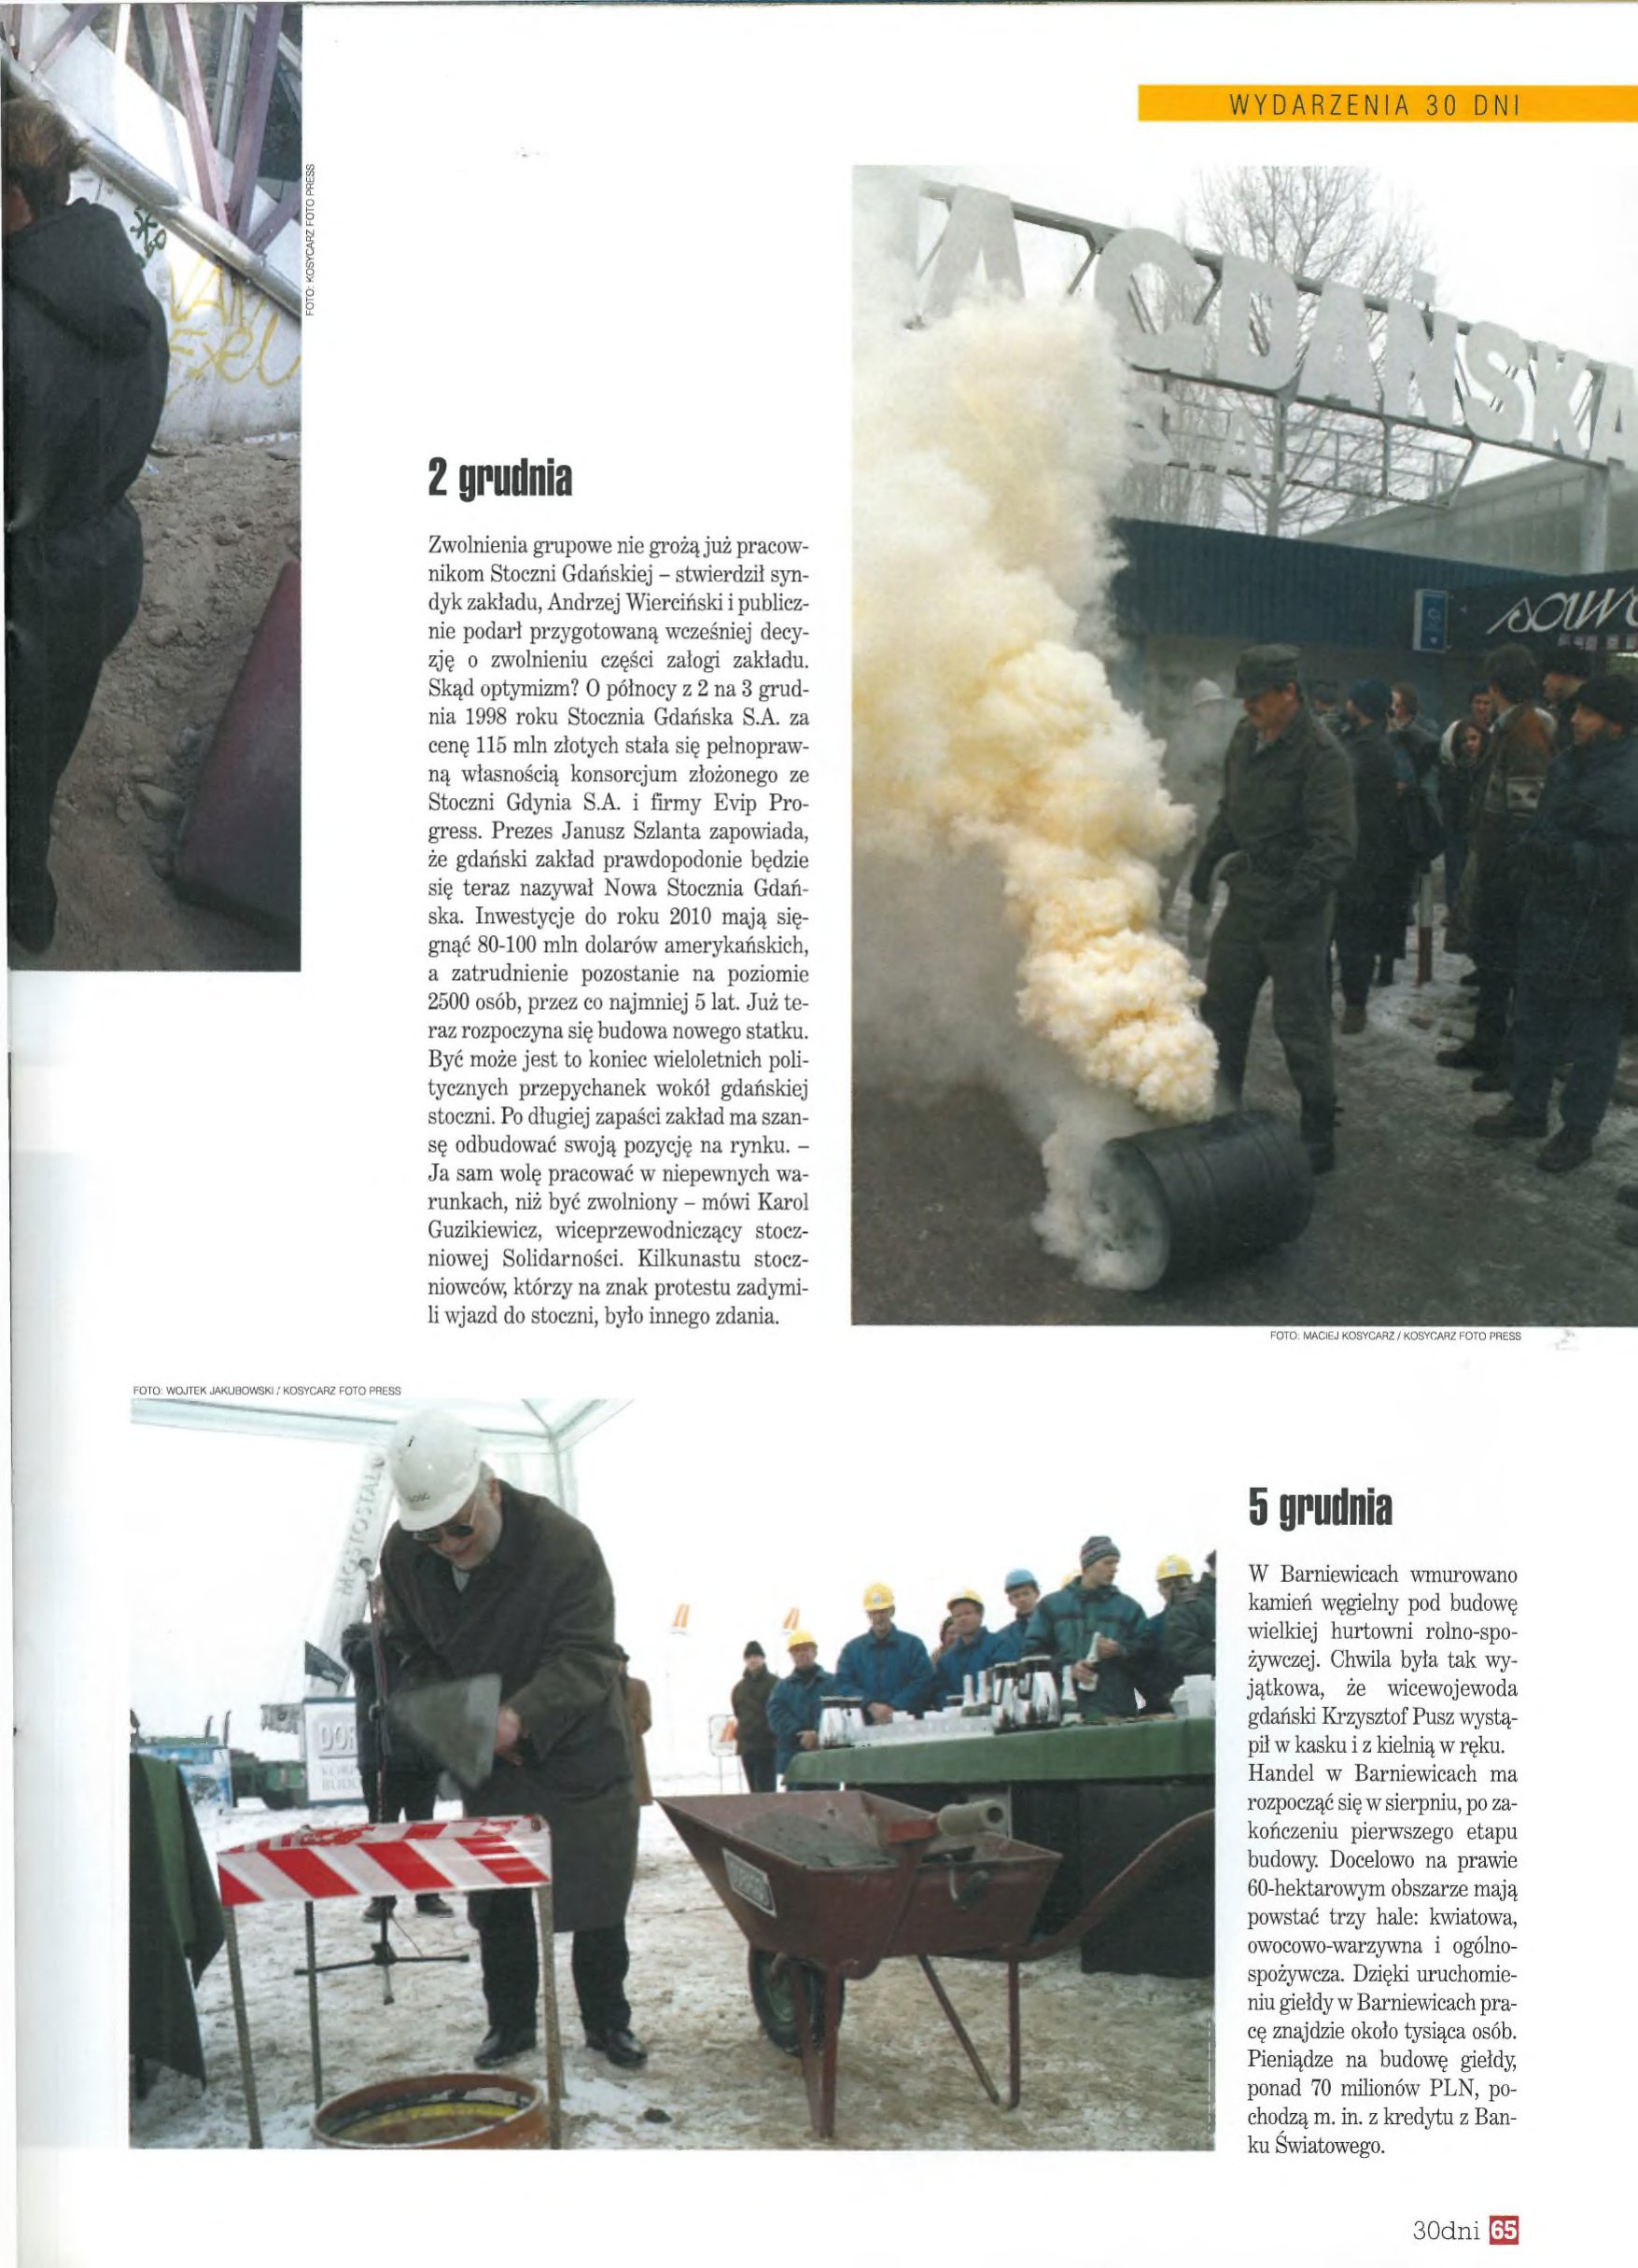
Language: pl